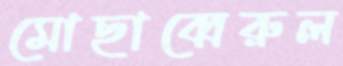
মোছাব্বেরুল